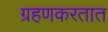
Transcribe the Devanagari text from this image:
ग्रहणकरतात